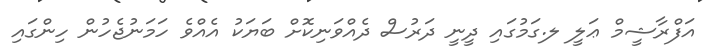
އަފްރާޝީމް ޢަލީ ލ.ގަމުގައި ދީނީ ދަރުސް ދެއްވަނިކޮށް ބަޔަކު އެއްވެ ހަމަނުޖެހުން ހިންގައި